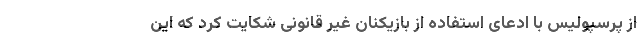
از پرسپولیس با ادعای استفاده از بازیکنان غیر قانونی شکایت کرد که این